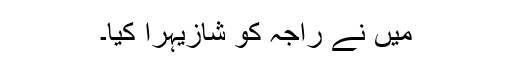
میں نے راجہ کو شازیہرا کیا۔